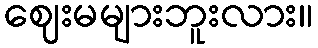
ဈေးမများဘူးလား။